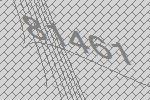
81461